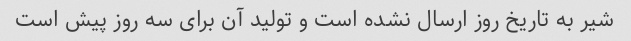
شیر به تاریخ روز ارسال نشده است و تولید آن برای سه روز پیش است